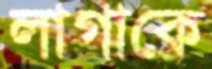
লাগাকে